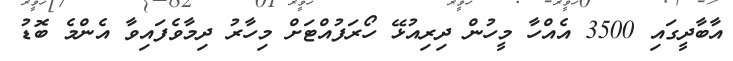
އާބާދީގައި 3500 އެއްހާ މީހުން ދިރިއުޅޭ ހޯރަފުއްޓަށް މިހާރު ދިމާވެފައިވާ އެންމެ ބޮޑު